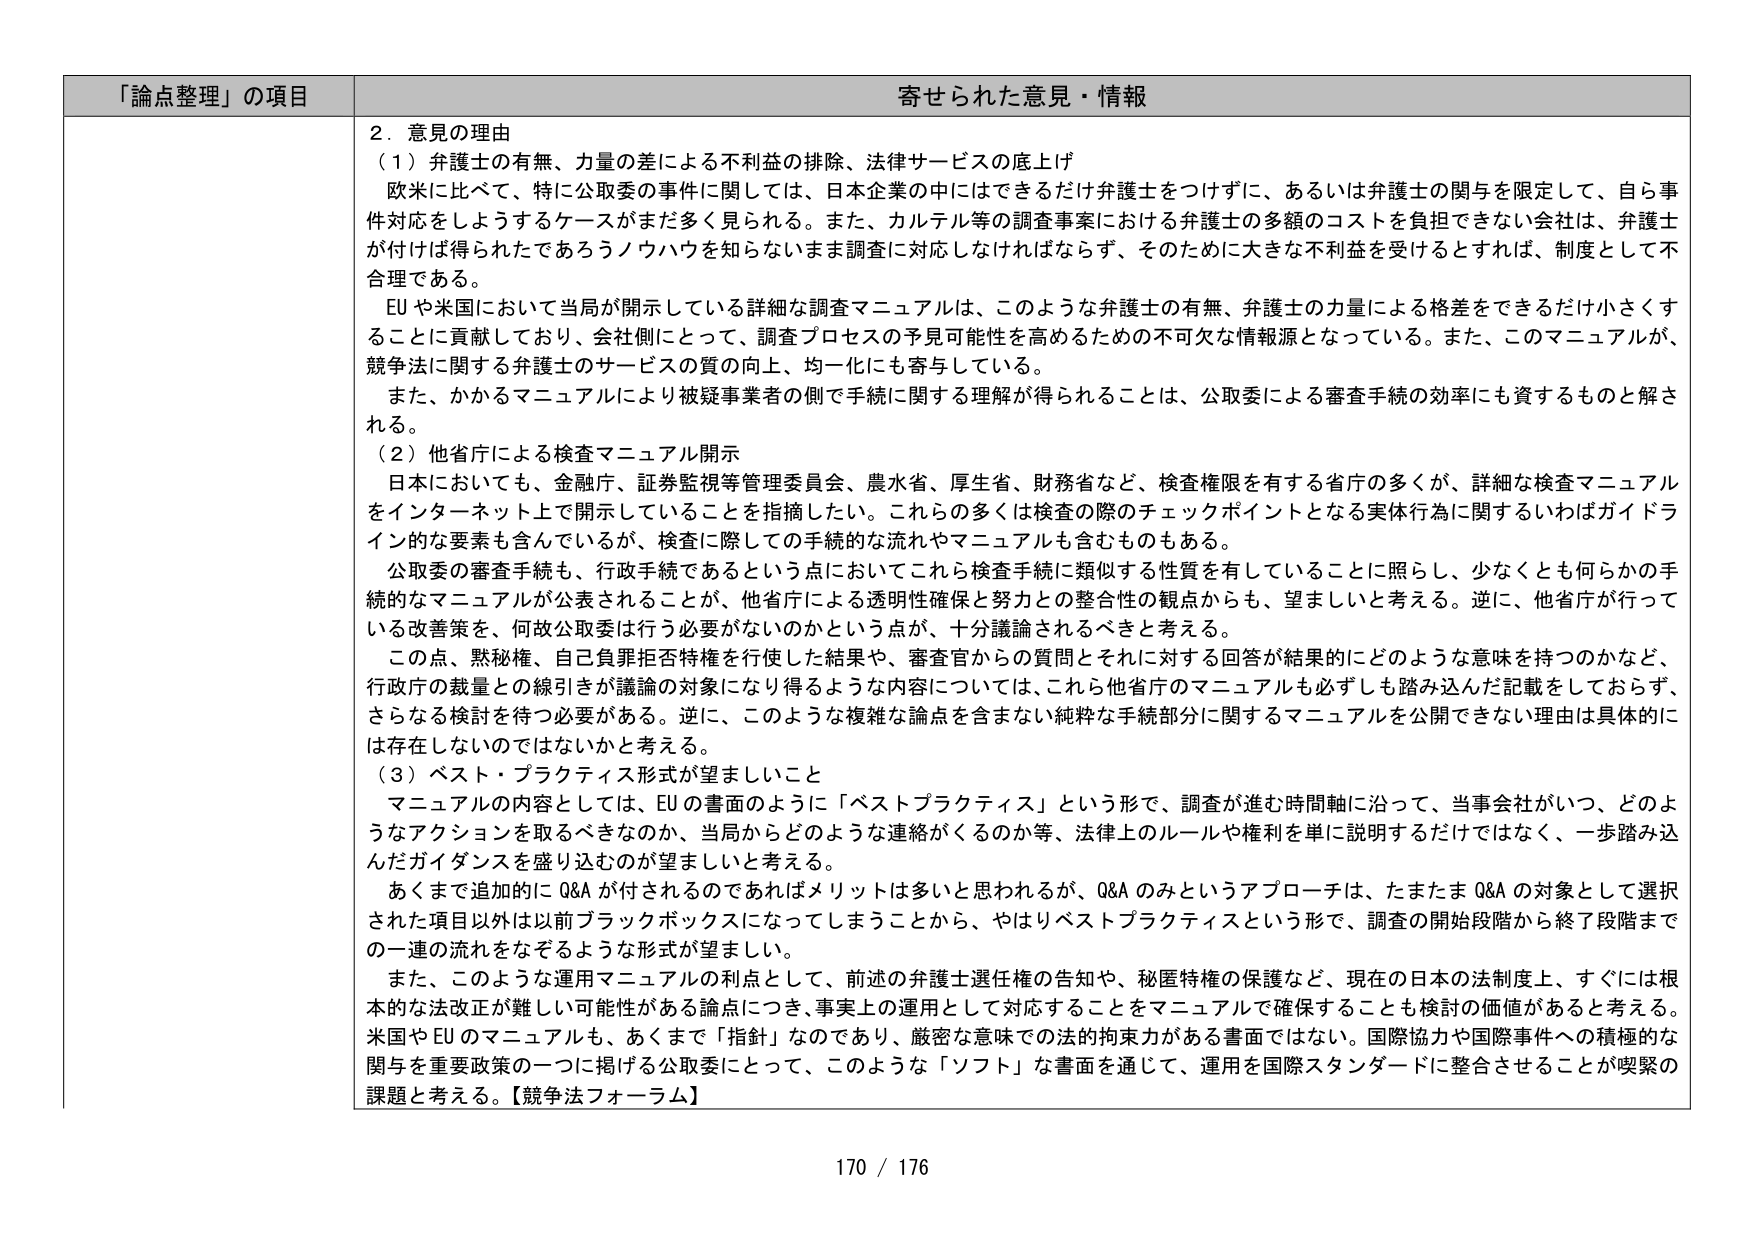
「論点整理」の項目 寄せられた意見・情報

２．意見の理由
（１）弁護士の有無、力量の差による不利益の排除、法律サービスの底上げ
欧米に比べて、特に公取委の事件に関しては、日本企業の中にはできるだけ弁護士をつけずに、あるいは弁護士の関与を限定して、自ら事件対応をしようとするケースがまだ多く見られる。また、カルテル等の調査事案における弁護士の多額のコストを負担できない会社は、弁護士が付ければ得られたであろうノウハウを知らないまま調査に対応しなければならず、そのために大きな不利益を受けるとすれば、制度として不合理である。
EUや米国において当局が開示している詳細な調査マニュアルは、このような弁護士の有無、弁護士の力量による格差をできるだけ小さくすることに貢献しており、会社側にとって、調査プロセスの予見可能性を高めるための不可欠な情報源となっている。また、このマニュアルが、競争法に関する弁護士のサービスの質の向上、均一化にも寄与している。
また、かかるマニュアルにより被疑事業者の側で手続に関する理解が得られることは、公取委による審査手続の効率にも資するものと解される。

（２）他省庁による検査マニュアル開示
日本においても、金融庁、証券監視等管理委員会、農水省、厚生省、財務省など、検査権限を有する省庁の多くが、詳細な検査マニュアルをインターネット上で開示していることを指摘したい。これらの多くは検査の際のチェックポイントとなる実体行為に関するいわばガイドライン的な要素も含んでいるが、検査に際しての手続的な流れやマニュアルも含むものもある。
公取委の審査手続も、行政手続であるという点においてこれら検査手続と類似する性質を有していることに照らし、少なくとも何らかの手続的なマニュアルが公表されることが、他省庁による透明性確保と努力との整合性の観点からも、望ましいと考える。逆に、他省庁が行っている改善策を、何故公取委は行う必要がないのかという点が、十分議論されるべきと考える。
この点、黙秘権、自己負罪拒否特権を行使した結果や、審査官からの質問とそれに対する回答が結果的にどのような意味を持つのかなど、行政庁の裁量との線引きが議論の対象になり得るような内容については、これら他省庁のマニュアルも必ずしも踏み込んだ記載をしておらず、さらなる検討を待つ必要がある。逆に、このような複雑な論点を含まない純粋な手続部分に関するマニュアルを公開できない理由は具体的には存在しないのではないかと考える。

（３）ベスト・プラクティス形式が望ましいこと
マニュアルの内容としては、EUの書面のように「ベストプラクティス」という形で、調査が進む時間軸に沿って、当事会社がいつ、どのようなアクションを取るべきなのか、当局からどのような連絡がくるのか等、法律上のルールや権利を単に説明するだけではなく、一歩踏み込んだガイダンスを盛り込むのが望ましいと考える。
あくまで追加的にQ&Aが付されるのであればメリットは多いと思われるが、Q&Aのみというアプローチは、たまたまQ&Aの対象として選択された項目以外は以前ブラックボックスになってしまうことから、やはりベストプラクティスという形で、調査の開始段階から終了段階までの一連の流れをなぞるような形式が望ましい。
また、このような運用マニュアルの利点として、前述の弁護士選任権の告知や、秘匿特権の保護など、現在の日本の法制度上、すぐには根本的な法改正が難しい可能性がある論点につき、事実上の運用として対応することをマニュアルで確保することも検討の価値があると考える。米国やEUのマニュアルも、あくまで「指針」なのであり、厳密な意味での法的拘束力がある書面ではない。国際協力や国際事件への積極的な関与を重要政策の一つに掲げる公取委にとって、このような「ソフト」な書面を通じて、運用を国際スタンダードに整合させることが喫緊の課題と考える。【競争法フォーラム】

170 / 176